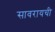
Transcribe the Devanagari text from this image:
सावरायची